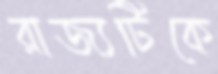
রাজ্যটিকে